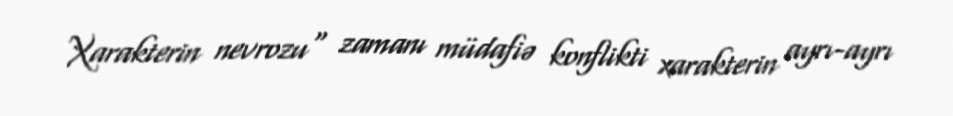
Xarakterin nevrozu" zamanı müdafiə konflikti xarakterin ayrı-ayrı